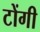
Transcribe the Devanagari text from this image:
टोंगी